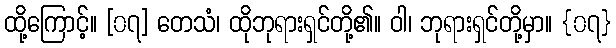
ထို့ကြောင့်။ [၀၇] တေသံ၊ ထိုဘုရားရှင်တို့၏။ ဝါ၊ ဘုရားရှင်တို့မှာ။ {၀၇}